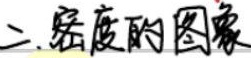
二.密度的图象